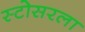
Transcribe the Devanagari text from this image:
स्टोसरला